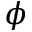
\phi